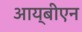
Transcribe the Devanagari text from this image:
आय्‌बीएन